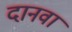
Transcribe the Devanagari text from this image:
दानवा